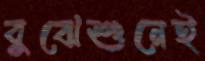
বুঝেশুনেই